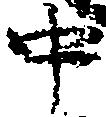
中